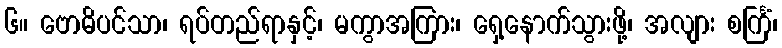
၆။ ဗောဓိပင်သာ၊ ရပ်တည်ရာနှင့်၊ မကွာအကြား၊ ရှေ့နောက်သွားဖို့၊ အလျား စင်္ကြံ၊